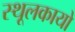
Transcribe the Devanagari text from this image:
स्थूलकायो